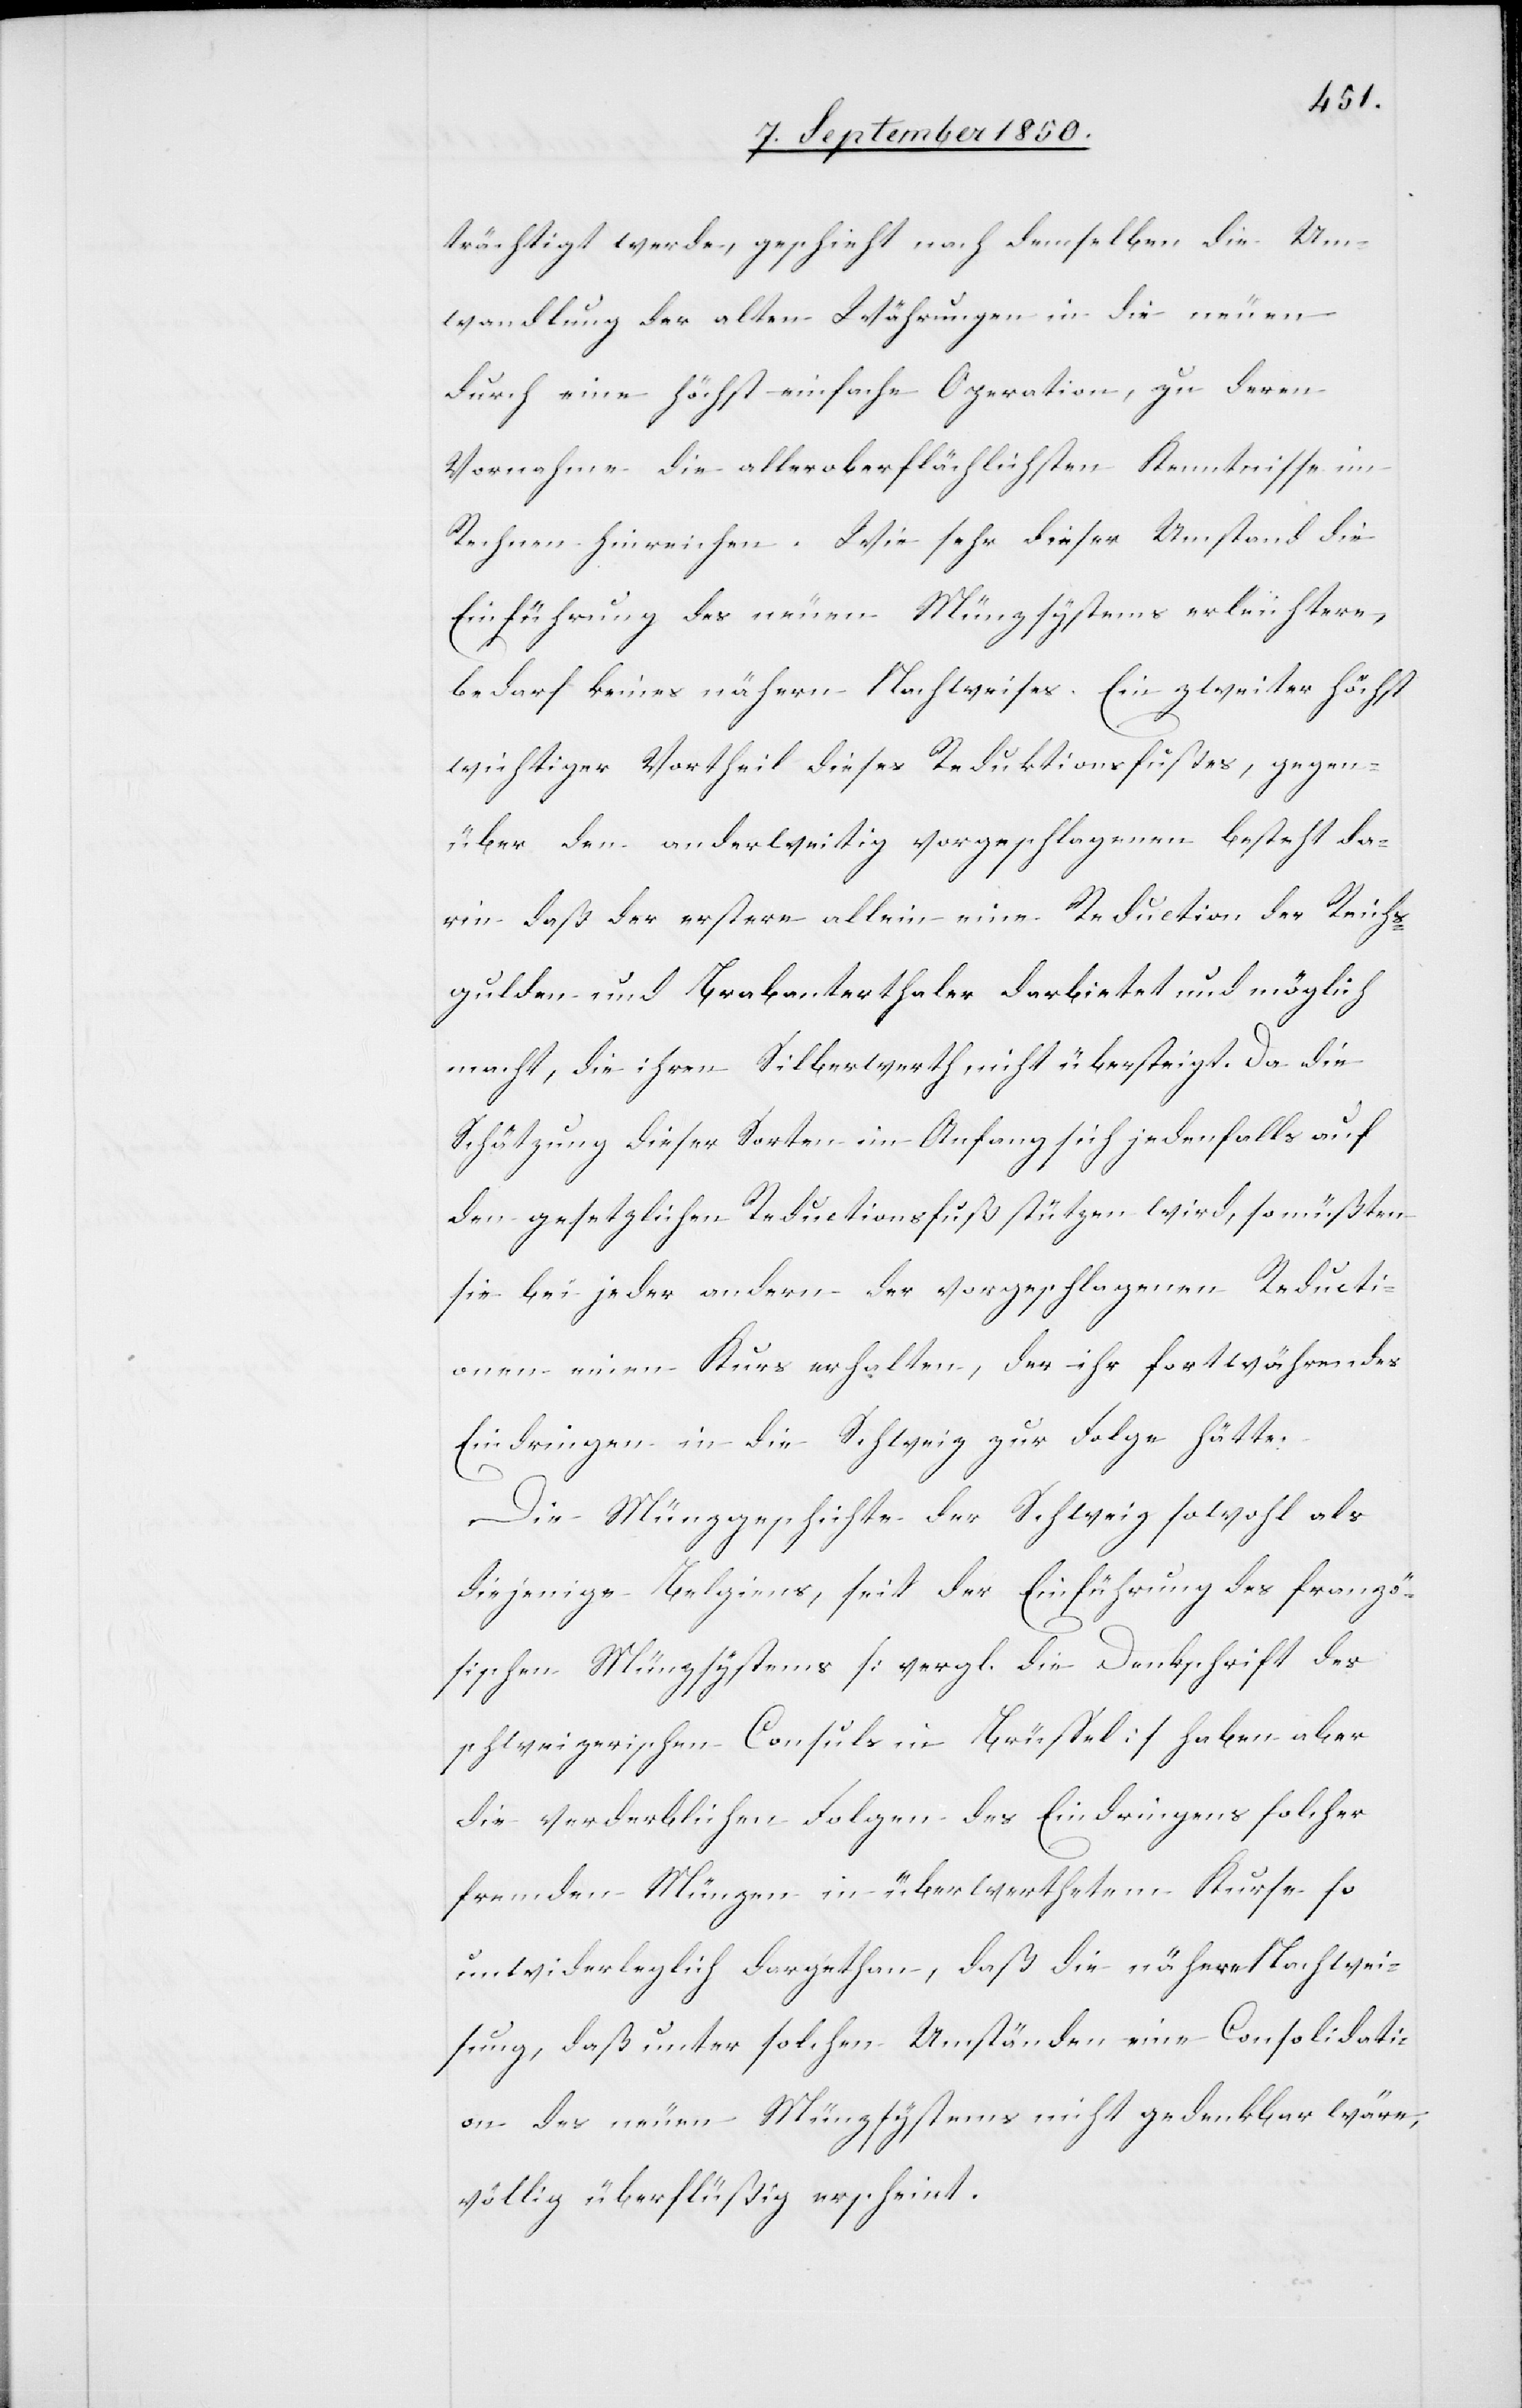
trächtigt werde, geschieht nach demselben die Um¬
wandlung der alten Währungen in die neuen
durch eine höchst einfache Operation, zu deren
Vornahme die alleroberflächlichsten Kenntnisse im
Rechnen hinreichen. Wie sehr dieser Umstand die
Einführung des neuen Münzsystems erleichtere,
bedarf keines nähern Nachweises. Ein zweiter höchst
wichtiger Vortheil dieses Reduktionsfußes, gegen¬
über den anderweitig vorgeschlagenen besteht da¬
rin daß der erstere allein eine Reduction der Reichs¬
gulden und Brabanterthaler darbietet und möglich
macht, die ihren Silberwerth nicht übersteigt. Da die
Schätzung dieser Sorten im Anfang sich jedenfalls auf
den gesetzlichen Reductionsfuß stützen wird, so müßten
sie bei jeder andern der vorgeschlagenen Reducti¬
onen einen Kurs erhalten, der ihr fortwährendes
Eindringen in die Schweiz zur Folge hätte.
Die Münzgeschichte der Schweiz sowohl als
diejenige Belgiens, seit der Einführung des franzö¬
sischen Münzsystems [vergl. die Denkschrift des
schweizerischen Consuls in Brüssel] haben aber
die verderblichen Folgen des Eindringens solcher
fremden Münzen in überwerthetetem Kurse so
unwiderleglich dargethan, daß die nähere Nachwei¬
sung, daß unter solchen Umständen eine Consolidati¬
on des neuen Münzsystems nicht gedenkbar wäre,
völlig überflüßig erscheint.